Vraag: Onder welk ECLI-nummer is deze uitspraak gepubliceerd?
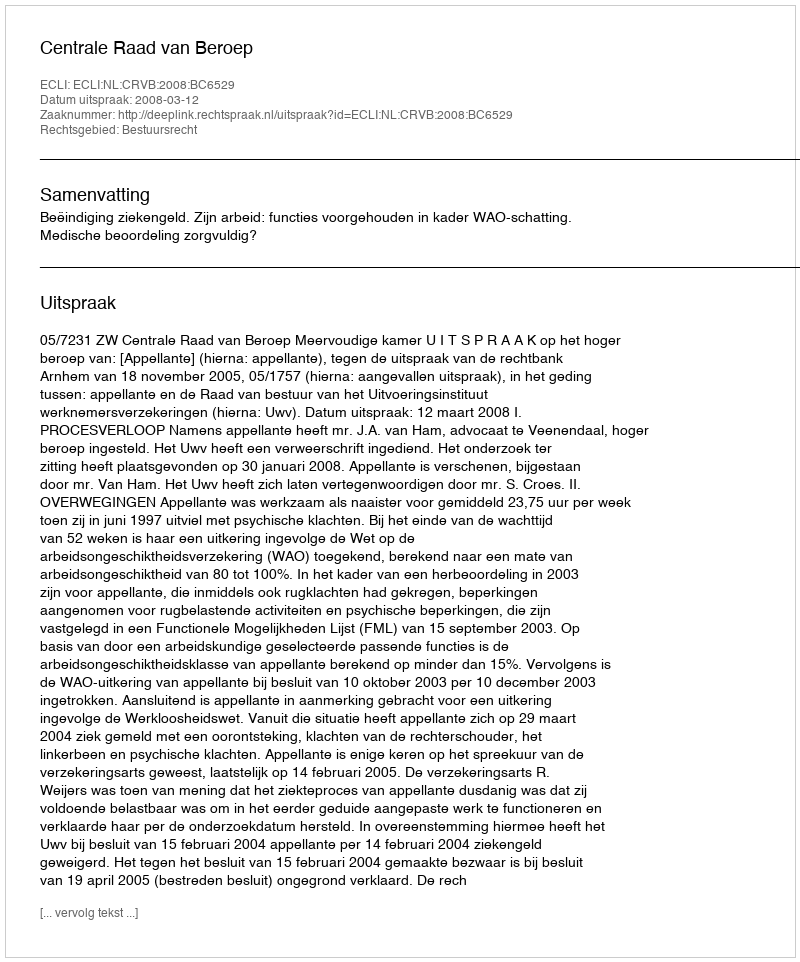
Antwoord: ECLI:NL:CRVB:2008:BC6529